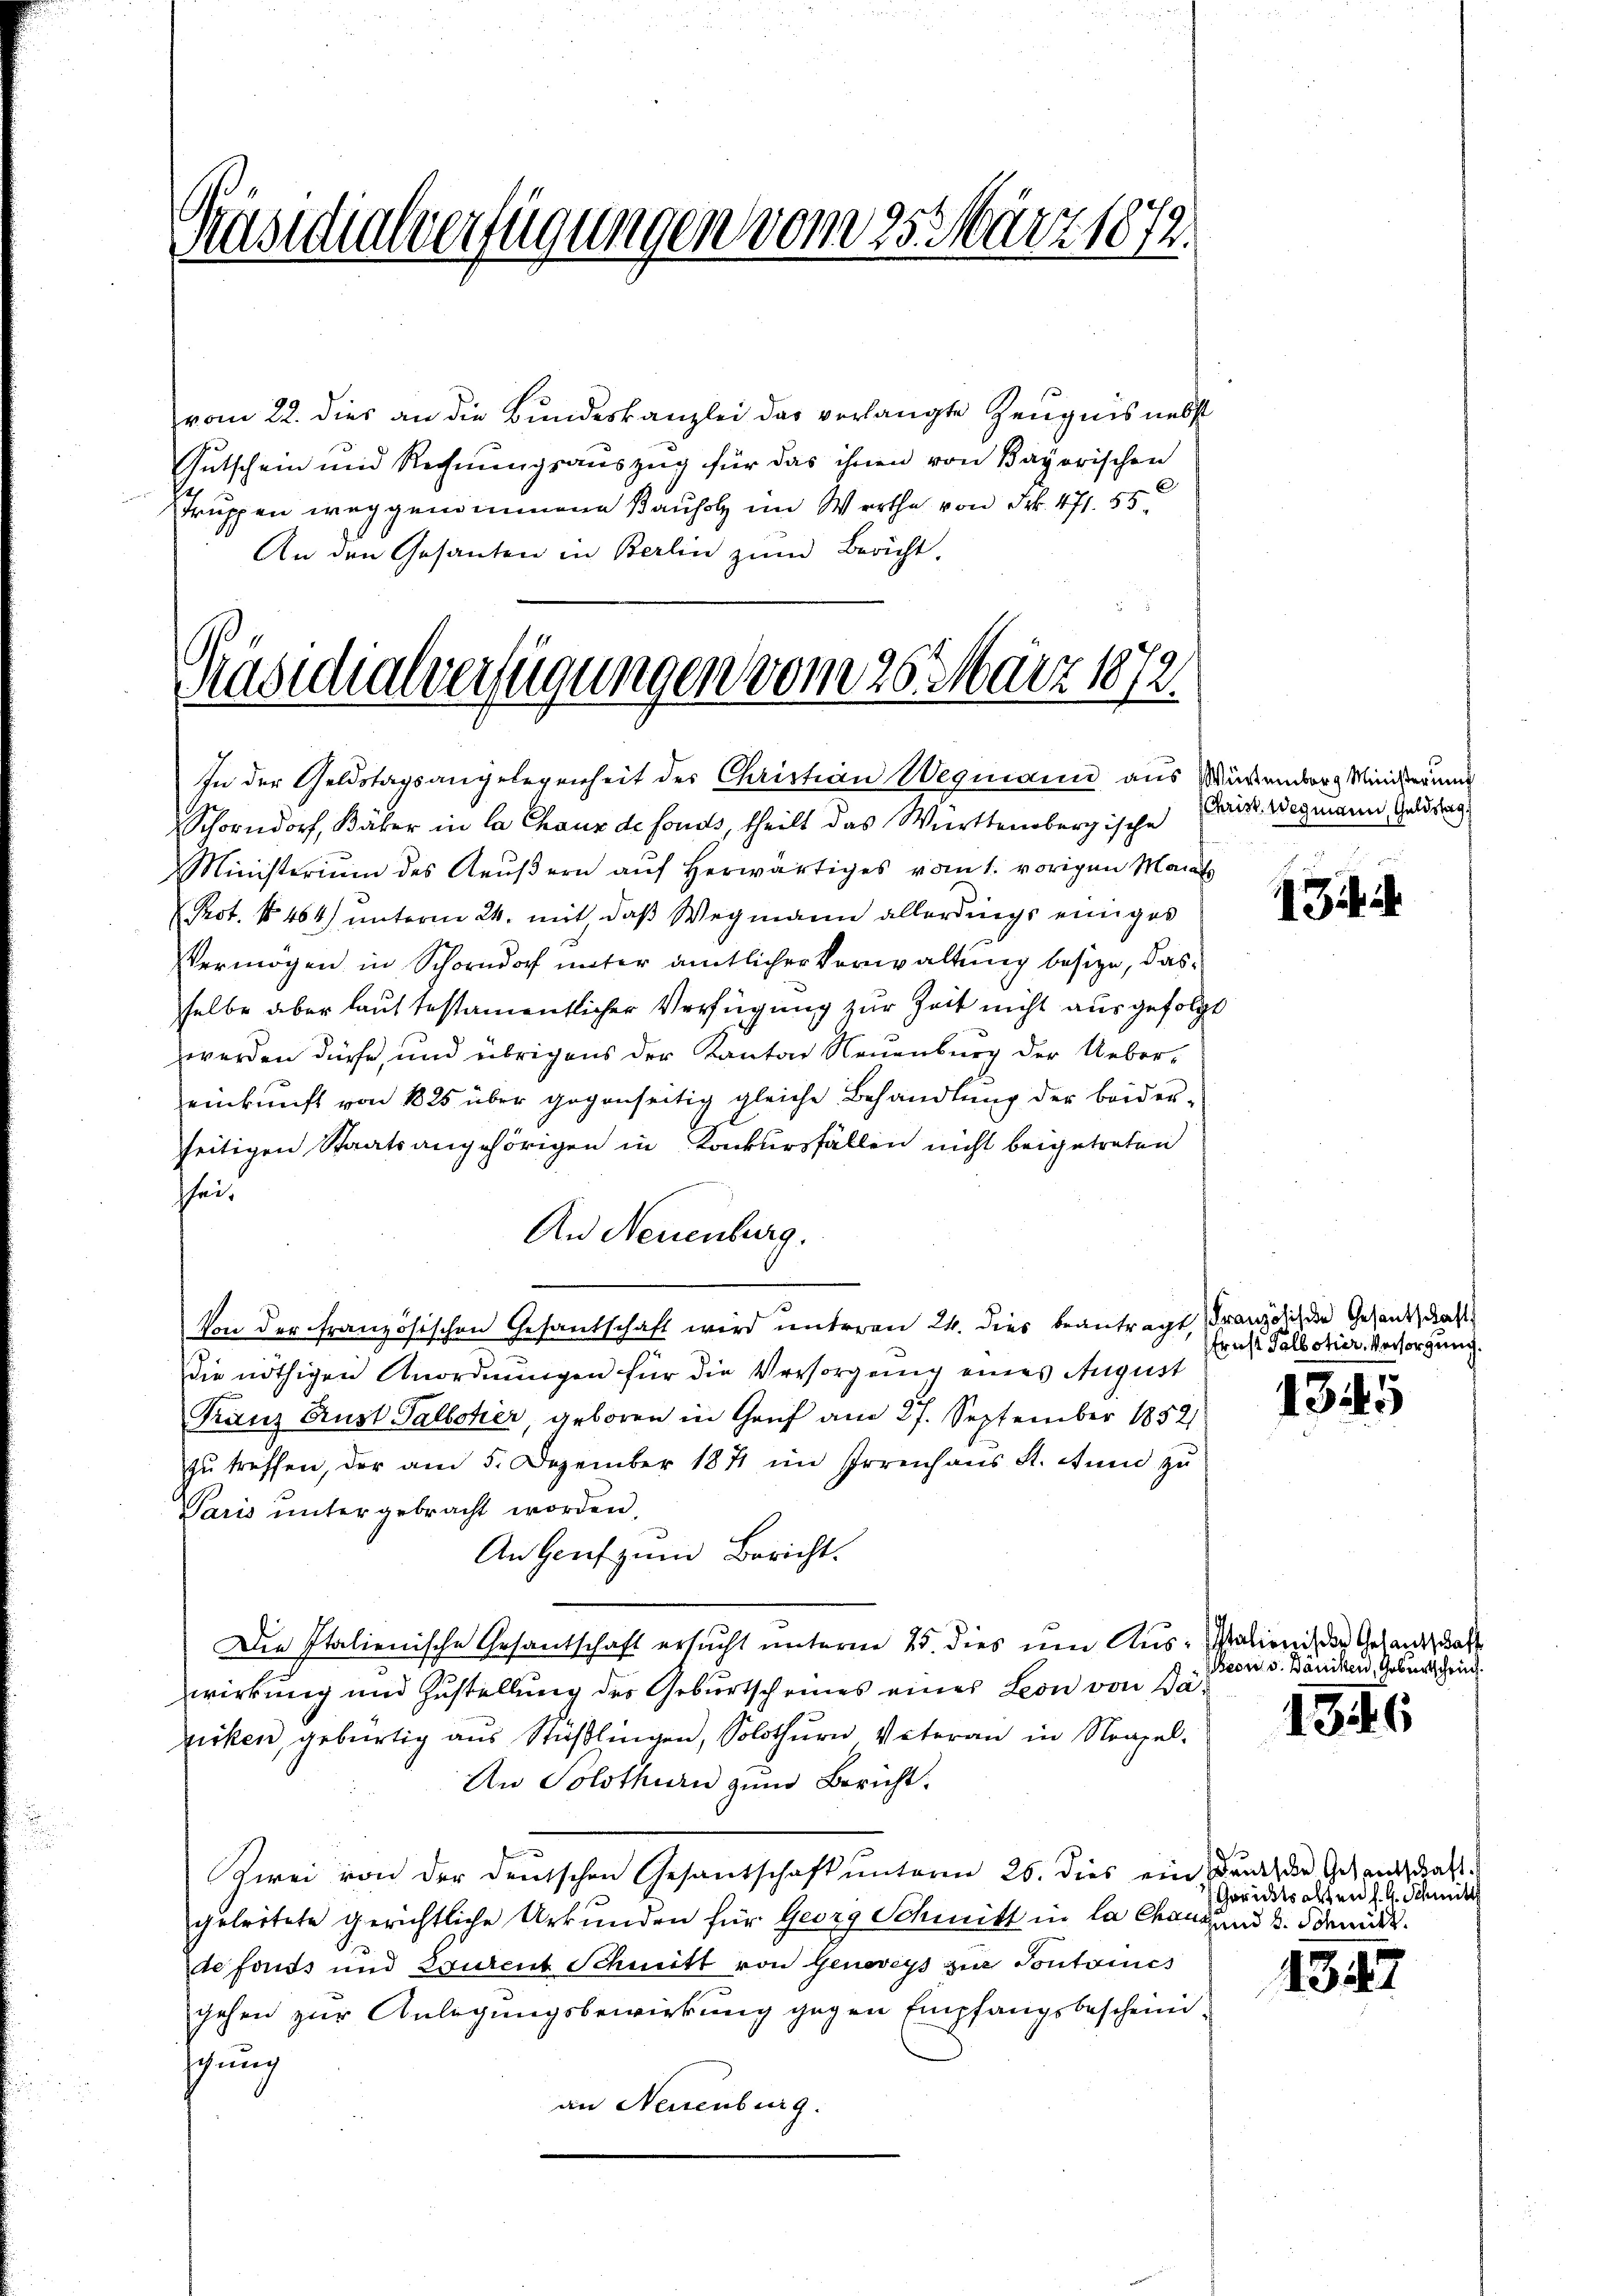
Präsidialverfügungen vom 25t März 1872.

vom 22. dies an die Bundeskanzlei das verlangte Zeugnis nebst
Gutschein und Rechnungsauszug für das ihnen von Bayorischen
Truppen weggenommene Bauholz im Werthe von Frk. 471. 55
An den Gesanten in Berlin zum Bericht,

Präsidialverfügungen vom 26. März 1872.
In der Geldstagsangelegenheit des Christian Wegmann aus Waßerborg Minister

Schorndorf, Bäker in la Chaux de fonds, theilt das Württembergische Darst. Wegmann Geldtag
Ministerium des Aeŭβern aŭf herwärtiges vom 1. vorigen Mail
Prot. No 464) unterm 24. mit, daß Wegmann allerdings einiges
Vermögen in Schorn unter amtlicher Verwaltung besize, dasselbe aber laut testamentlicher Verfügung zur Zeit nicht ausgefolgt
werden dürfe, und übrigens der Kanton Neuenburg der Uebereinkunft von 1825 über gegenseitig gleiche Behandlung der beiderseitigen Staatsangehörigen in Konkursfällen nicht beigetreten
sheit
An Neuenburg.
Um der französischen Gesantschaft wird unteren 24. dies beantragt, Franz dichen Gesandschaft
Die nöthigen Anordnungen für die Versorgung eines August
Franz Brust Galletier, geboren in Gruf am 27. September 1852
zŭ treffen, der am 5. Dezember 1871 im Irrenhaus St. Atŭm zŭ
Paris untergebracht worden,
An Genf zum Bericht.
Die Italienische Gesantschaft ersucht unterm 25. dies um Aus-Walioni der Gesandschaft
zwirkung und Zustellung des Geburtscheines eines Leon von Bäpicken, gebürtig aus Stüßlingen, Solothurn Vateran in Neapel
An Solothurn zum Bericht
Kwei von der deutschen Gesantschaft unterm 26. dies ein Druck die Gesandtschaft
geleitete gerichtliche Urkunden für Georg Schmitt in la Chang und 3. Senitz.
de fonds und Laurent Schmitt von Genoveys zur Pontoines
gehen zur Anlegungsbewirkung gegen Empfangsbescheinischung
an Neuenburg.

1 Zif. 2

Frost Talboher Versorgung.

1345

Seon v. Däniken, Geburtscheid

1346

Gerichtsalten J. H. Schmitt

134